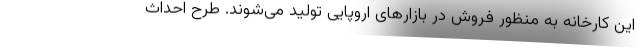
این کارخانه به منظور فروش در بازارهای اروپایی تولید می‌شوند. طرح احداث